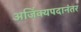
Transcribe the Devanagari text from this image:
अजिंक्यपदानंतर